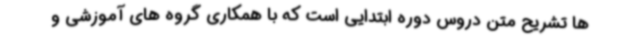
ها تشریح متن دروس دوره ابتدایی است که با همکاری گروه های آموزشی و